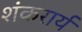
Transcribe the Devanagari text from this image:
शंकरार्य